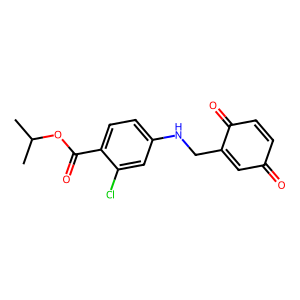
SMILES: CC(C)OC(=O)c1ccc(NCC2=CC(=O)C=CC2=O)cc1Cl
Inhibits HIV replication: No